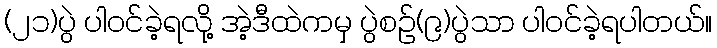
(၂၁)ပွဲ ပါဝင်ခဲ့ရလို့ အဲ့ဒီထဲကမှ ပွဲစဉ်(၉)ပွဲသာ ပါဝင်ခဲ့ရပါတယ်။